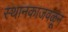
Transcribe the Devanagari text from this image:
स्थानकाजवळून